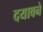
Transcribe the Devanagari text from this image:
दयावने